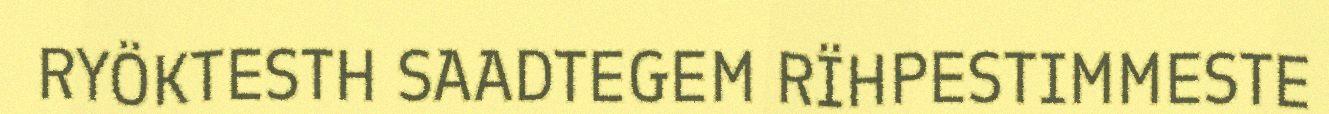
RYÖKTESTH SAADTEGEM RÏHPESTIMMESTE